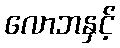
လောဘနှင့်